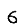
Digit: 6